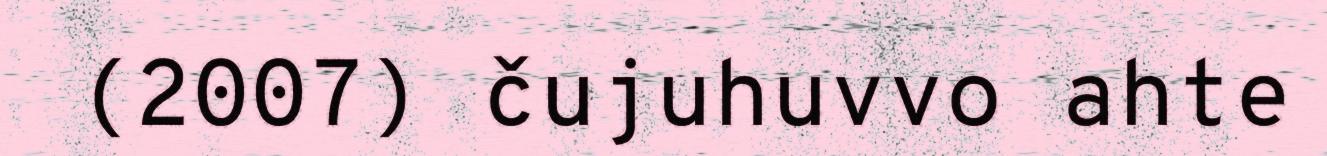
(2007) čujuhuvvo ahte